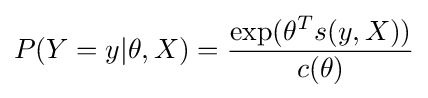
P(Y=y|\theta ,X)={\frac {\exp(\theta ^{T}s(y,X))}{c(\theta )}}